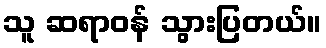
သူ ဆရာဝန် သွားပြတယ်။